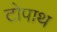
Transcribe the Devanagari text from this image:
टोपाथ